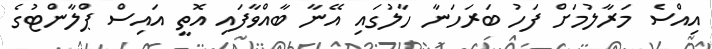
އިއްސެ މަރާލުމަށް ފަހު ބަރަހަނާ ހާލުގައި އޭނާ ބާއްވާފައި އޮތީ އައިސް ޕްލާންޓުގެ